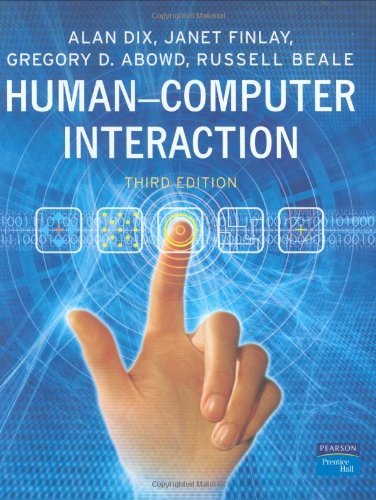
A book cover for Human-Computer Interaction (3rd Edition); Alan Dix; Computers & Technology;